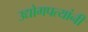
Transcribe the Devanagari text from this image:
उद्योगपत्यांनी